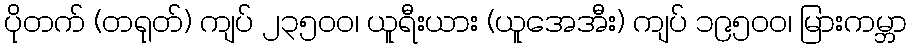
ပိုတက် (တရုတ်) ကျပ် ၂၃၅၀ဝ၊ ယူရီးယား (ယူအေအီး) ကျပ် ၁၉၅၀ဝ၊ မြားကမ္ဘာ